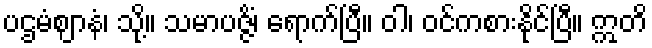
ပဌမံဈာနံ၊ သို့။ သမာပဇ္ဇိံ၊ ရောက်ပြီ။ ဝါ၊ ဝင်ကစားနိုင်ပြီ။ ဣတိ